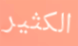
الكثير